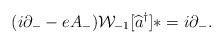
\begin{align*}(i \partial_{-} - eA_{-}) {\cal W}_{-1}[\widehat{a}^{\dag}]\ast = i \partial_{-}.\end{align*}